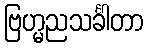
ဗြဟ္မညသင်္ခါတာ